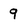
Character: 9